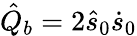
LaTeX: \hat{Q}_{b}=2\hat{s}_{0}\dot{s}_{0}